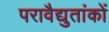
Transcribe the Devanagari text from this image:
परावैद्युतांकों